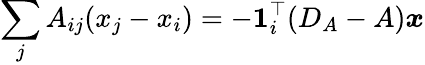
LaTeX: \sum_{j}A_{ij}(x_{j}-x_{i})=-\mathbf 1_{i}^{\top}(D_{A}-A){\boldsymbol x}